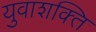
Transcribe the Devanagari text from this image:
युवाशक्‍ित